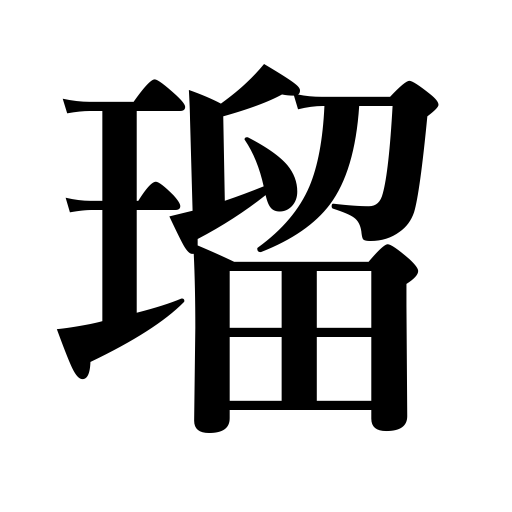
Meanings: lapis lazuli